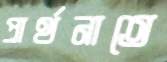
প্রার্থনাতে